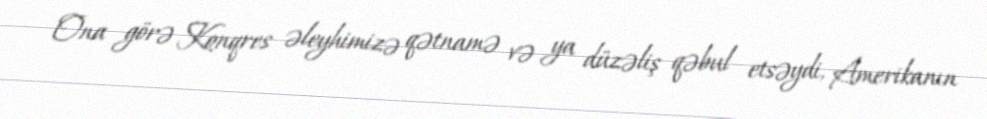
Ona görə Konqres əleyhimizə qətnamə və ya düzəliş qəbul etsəydi, Amerikanın